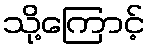
သို့ကြောင့်